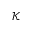
\mathcal { K }